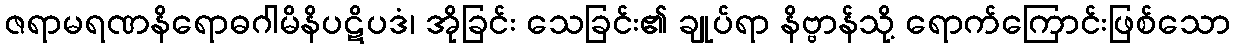
ဇရာမရဏနိရောဓဂါမိနိပဋိပဒံ၊ အိုခြင်း သေခြင်း၏ ချုပ်ရာ နိဗ္ဗာန်သို့ ရောက်ကြောင်းဖြစ်သော